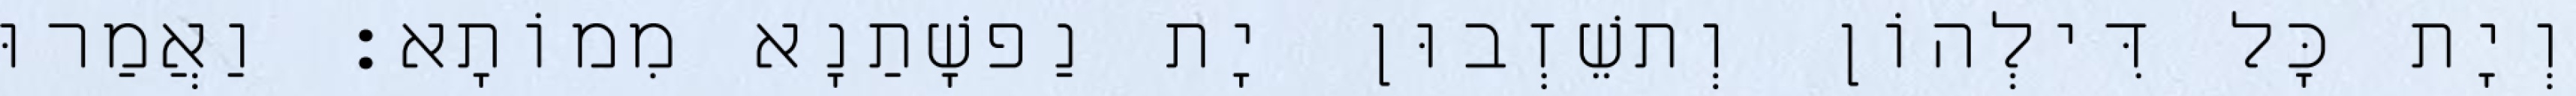
וְיָת כָּל דִּילְהוֹן וְתשֵׁזְבוּן יָת נַפשָׁתַנָא מִמוֹתָא׃ וַאֲמַרוּ